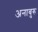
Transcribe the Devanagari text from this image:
अनाबुरु